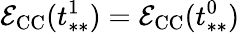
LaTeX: \mathcal{E}_{\mathrm{CC}}(t_{**}^{1})=\mathcal{E}_{\mathrm{CC}}(t_{**}^{0})